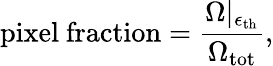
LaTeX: \mathrm{pixel\ fraction}=\frac{\Omega|_{\epsilon_{\mathrm{th}}}}{\Omega_{\mathrm{tot}}},